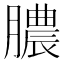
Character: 膿